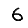
Digit: 6